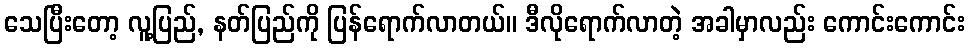
သေပြီးတော့ လူ့ပြည်, နတ်ပြည်ကို ပြန်ရောက်လာတယ်။ ဒီလိုရောက်လာတဲ့ အခါမှာလည်း ကောင်းကောင်း